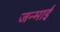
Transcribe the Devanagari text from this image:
जन्माई